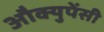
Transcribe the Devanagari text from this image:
औक्युपेंसी